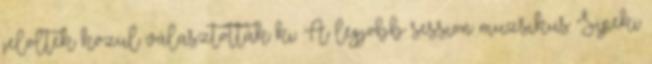
jelöltek közül választották ki. A legjobb session muzsikus Sipeki